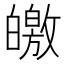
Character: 皦